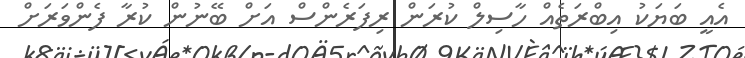
އެއީ ބަޔަކު އިބްރަތެއް ހާސިލް ކުރަން ރިފަރެންސް އަށް ބޭނުން ކުރާ ފެންވަރަށް